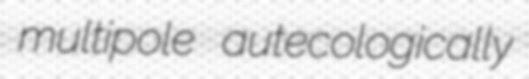
multipole autecologically